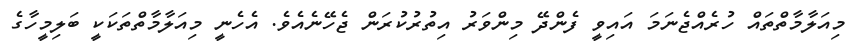
މިއަލާމާތްތައް ހުރެއްޖެނަމަ އައިވީ ފެންދޭ މިންވަރު އިތުރުކުރަން ޖެހޭނެއެވެ. އެހެނީ މިއަލާމާތްތަކަކީ ބަލިމީހާގެ